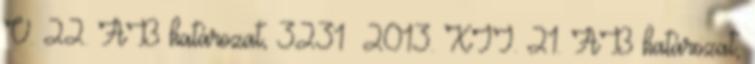
V. 22. AB határozat, 3231 2013. XII. 21. AB határozat,